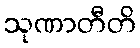
သုဏာတီတိ